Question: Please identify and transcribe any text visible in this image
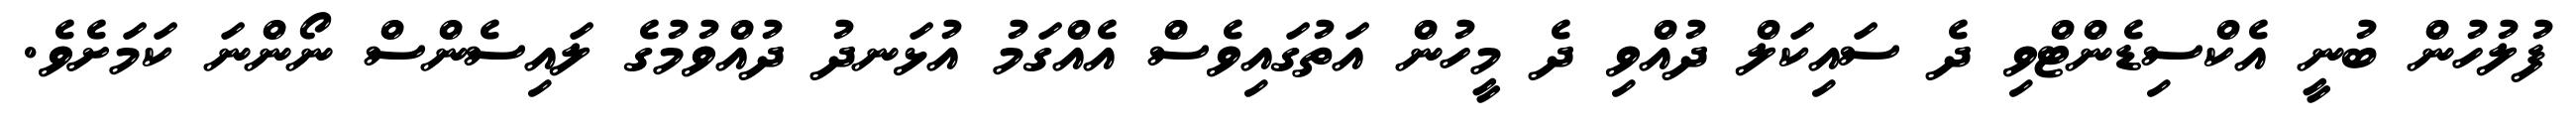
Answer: ފުލުހުން ބުނީ އެކްސިޑެންޓްވި ދެ ސައިކަލް ދުއްވި ދެ މީހުން އަތުގައިވެސް އެއްގަމު އުޅަނދު ދުއްވުމުގެ ލައިސެންސް ނޯންނަ ކަމަށެވެ.